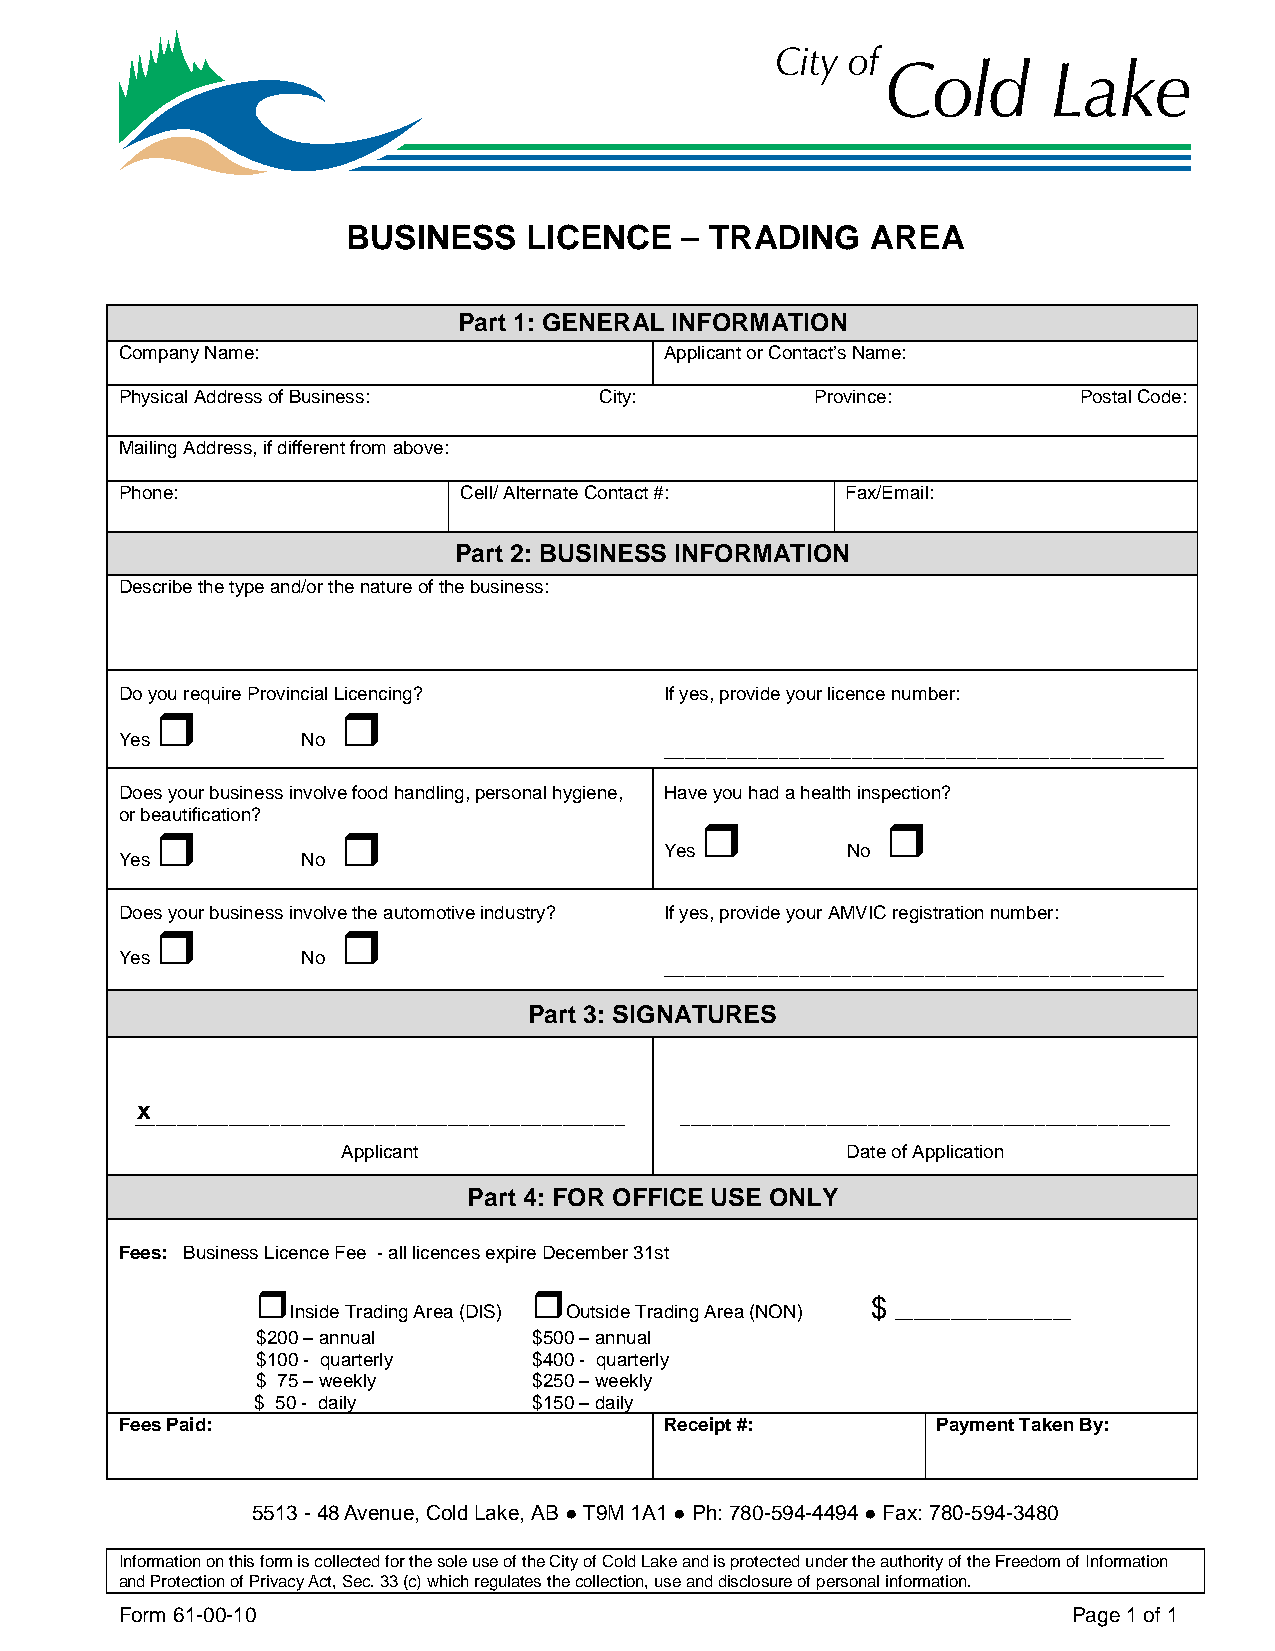
BUSINESS    LICENCE   – TRADING    AREA
 Part 1: GENERAL INFORMATION
 Company Name:                       Applicant or Contact’s Name:
 Physical Address of Business:   City:         Province:        Postal Code:
 Mailing Address, if different from above:
 Phone:                Cell/ Alternate Contact #: Fax/Email:
 Part 2: BUSINESS INFORMATION
 Describe the type and/or the nature of the business:
 Do you require Provincial Licencing? If yes, provide your licence number:
             
 Yes         No
 ________________________________________________
 Does your business involve food handling, personal hygiene, Have you had a health inspection?
 or beautification?
             
             
 Yes         No
 Yes         No
 Does your business involve the automotive industry? If yes, provide your AMVIC registration number:
             
 Yes         No
 ________________________________________________
 Part 3: SIGNATURES
 x
 _______________________________________________ _______________________________________________
 Applicant                        Date of Application
 Part 4: FOR OFFICE USE ONLY
 Fees: Business Licence Fee - all licences expire December 31st
                  
 $
 Inside Trading Area (DIS) Outside Trading Area (NON) ___________________
 $200 – annual     $500 – annual
 $100 - quarterly  $400 - quarterly
 $ 75 – weekly     $250 – weekly
 $ 50 - daily      $150 – daily
 Fees Paid:                          Receipt #:        Payment Taken By:
 5513 - 48 Avenue, Cold Lake, AB ● T9M 1A1 ● Ph: 780-594-4494 ● Fax: 780-594-3480
 Information on this form is collected for the sole use of the City of Cold Lake and is protected under the authority of the Freedom of Information
 and Protection of Privacy Act, Sec. 33 (c) which regulates the collection, use and disclosure of personal information.
 Form 61-00-10                                                  Page 1 of 1